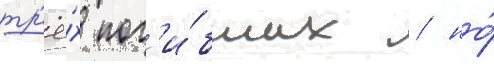
тр'ё́х пог'и́бших / но́